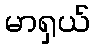
မာရှယ်